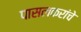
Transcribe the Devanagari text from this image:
पासलकरांचे